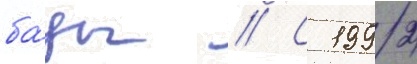
ба́зы // С 1992